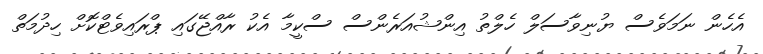
އެހެން ނަމަވެސް ޔުނިވާސަލް ހެލްތު އިންޝުއަރެންސް ސްކީމާ އެކު ރާއްޖޭގައި ޕްރައިވެޓްކޮށް ހިދުމަތް